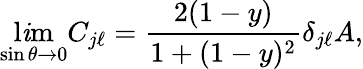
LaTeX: \operatorname*{l\mathit{i}m}_{\sin\theta\rightarrow0}C_{j\ell}=\frac{{2(1-y)}}{{1+(1-y)^{2}}}\delta_{j\ell}A,